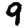
Digit: 9